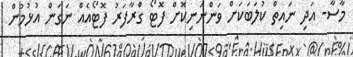
މާސާ- އަދި ނައިތް ކުލަބަކަށް ވަންނަނިކޮށް ފޮޓޯ ގްރާފަރު ފޮޓޯއެއް ނަގަން އުޅުމުން